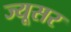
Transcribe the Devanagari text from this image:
ज्यूसर